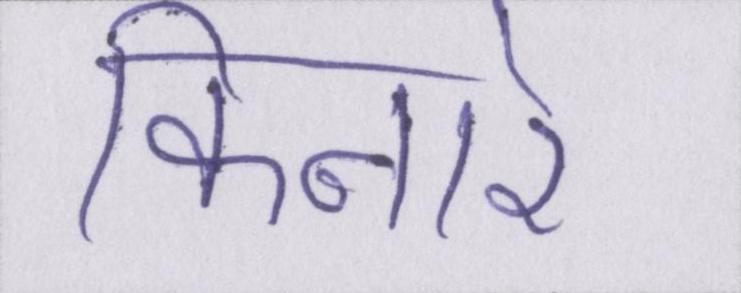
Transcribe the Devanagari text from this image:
किनारे